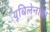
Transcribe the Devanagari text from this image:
यूबिलेनाया